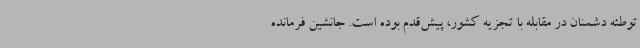
توطئه دشمنان در مقابله با تجزیه کشور، پیش‌قدم بوده است. جانشین فرمانده